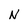
Character: N